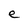
Character: e